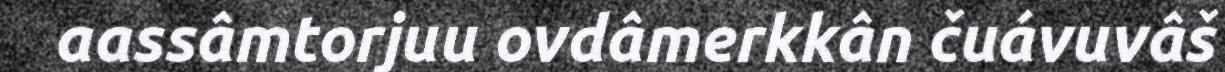
aassâmtorjuu ovdâmerkkân čuávuvâš